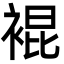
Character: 裩